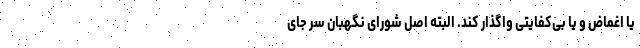
یا اغماض و یا بی‌کفایتی واگذار کند. البته اصل شورای نگهبان سر جای